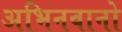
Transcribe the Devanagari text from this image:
अभिनवानो